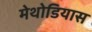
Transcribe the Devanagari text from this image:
मेथोडियास